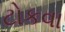
ટોકવા